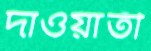
দাওয়াতী